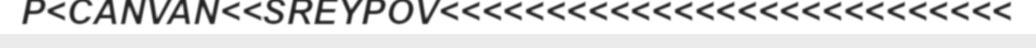
P<CANVAN<<SREYPOV<<<<<<<<<<<<<<<<<<<<<<<<<<<